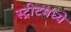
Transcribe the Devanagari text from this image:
स्ट्रीटमध्ये